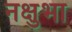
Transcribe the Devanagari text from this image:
नक्षुभा